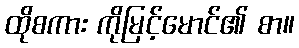
ထိုစကား ကိုမြင့်မောင်၏ စာ။